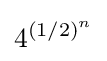
4^{(1/2)^{n}}